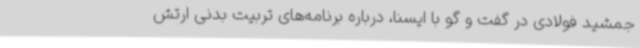
جمشید فولادی در گفت و گو با ایسنا، درباره برنامه‌های تربیت بدنی ارتش